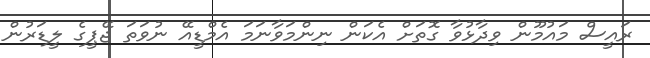
ރައީސް މައުމޫން ވިދާޅުވާ ގޮތަށް އެކަން ނިންމަވާނަމަ އެމްޑީއޭ ނުވަތަ ޖޭޕީގެ ލީޑަރުން